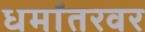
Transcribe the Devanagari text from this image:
धर्मांतरवर